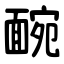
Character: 䩊